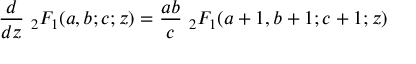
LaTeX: { \frac { d } { d z } } \ { } _ { 2 } F _ { 1 } ( a , b ; c ; z ) = { \frac { a b } { c } } \ { } _ { 2 } F _ { 1 } ( a + 1 , b + 1 ; c + 1 ; z )